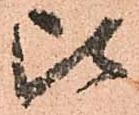
比